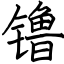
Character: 镥